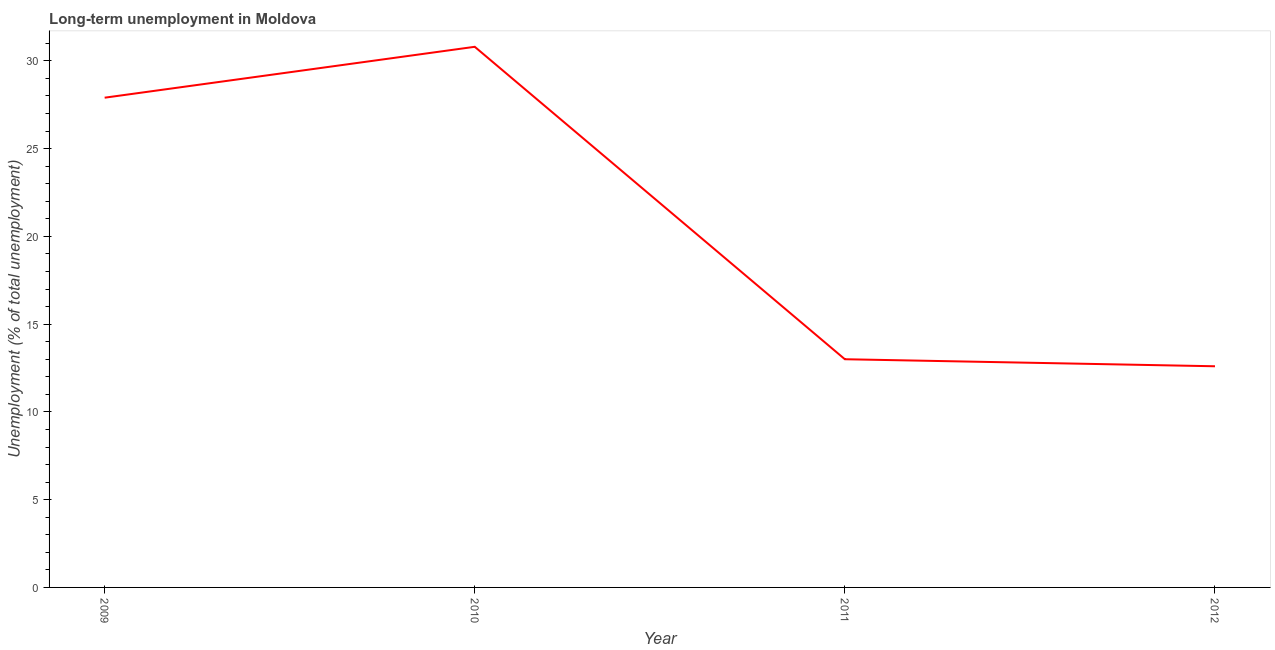
| Year | Long-term unemployment  |
 | --- | --- |
 | 2009 | 27.9 |
 | 2010 | 30.8 |
 | 2011 | 13 |
 | 2012 | 12.6 |